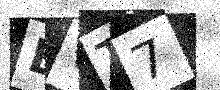
Text: BVT7